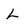
Character: L